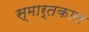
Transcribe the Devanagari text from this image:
स्मार्तकाल